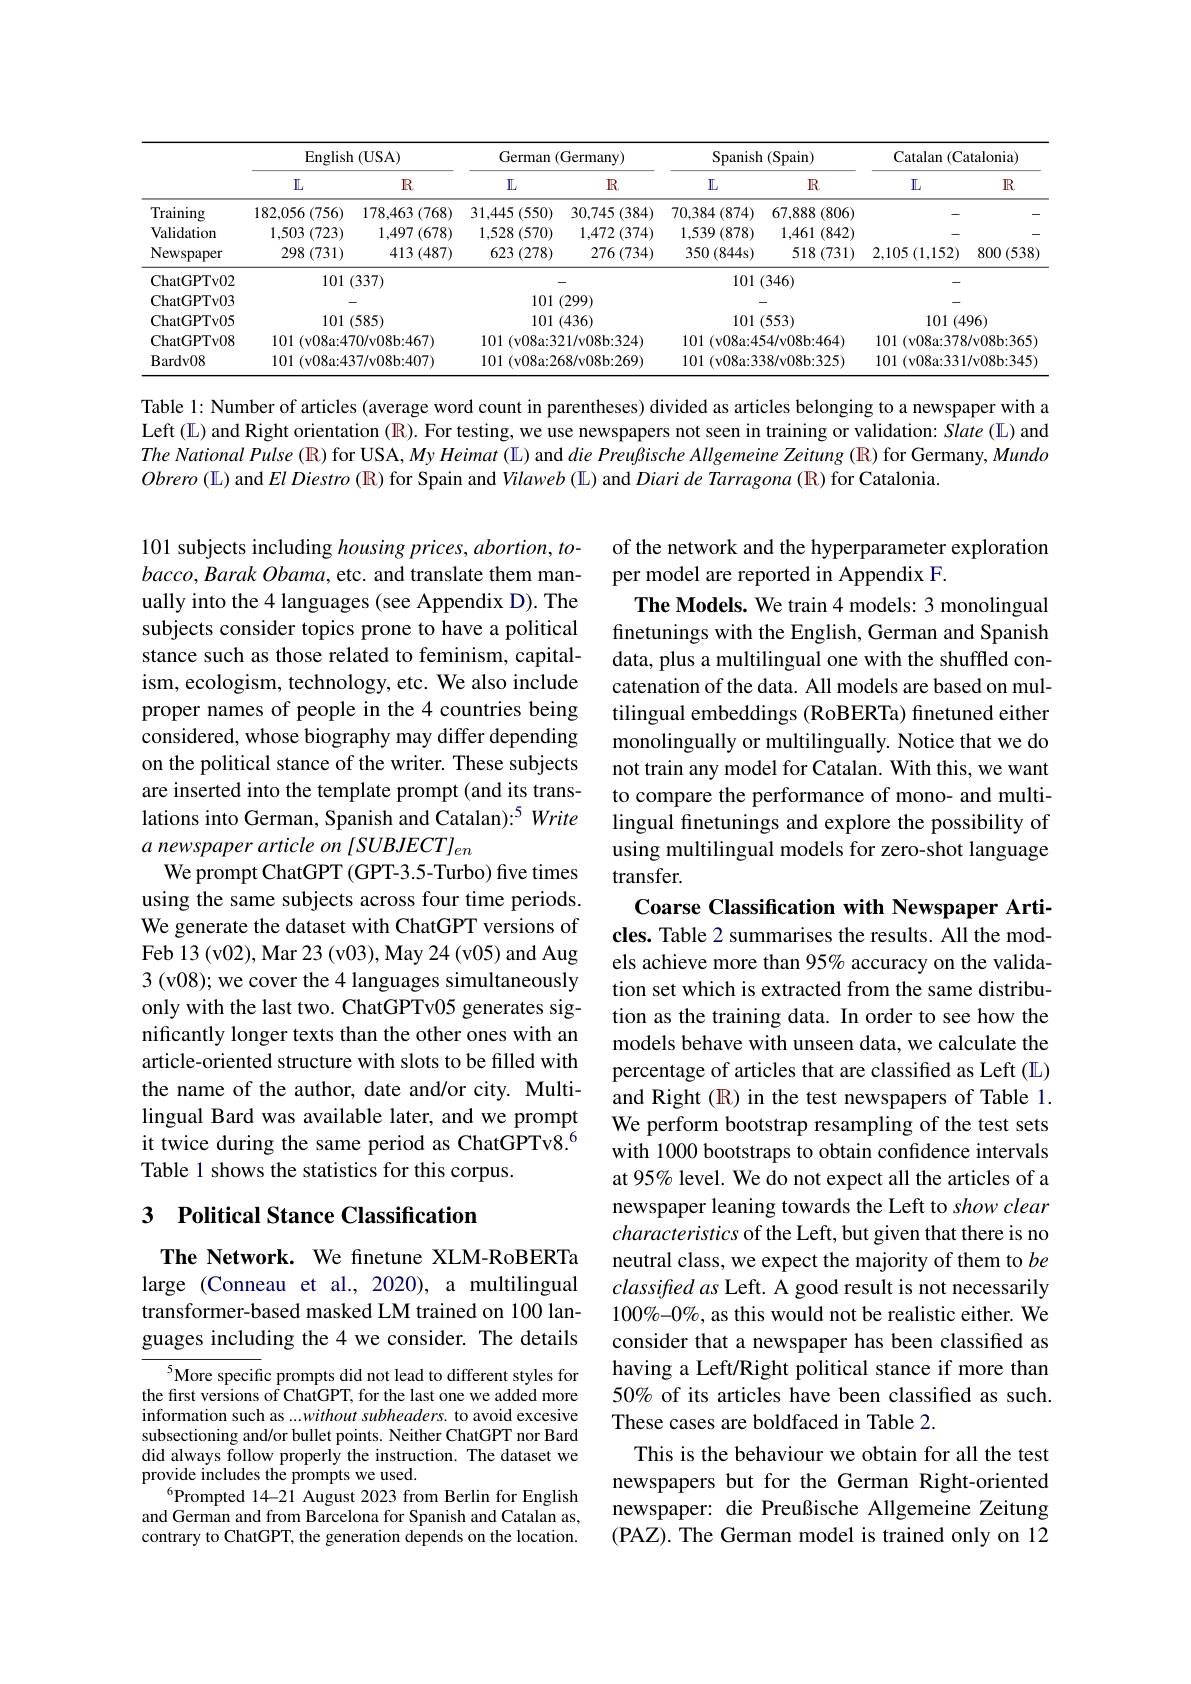
<table>
	<tbody>
		<tr>
			<th> </th>
			<th colspan="2">$\operatorname{English}(\operatorname{USA})$</th>
			<th colspan="2">German (Germany)</th>
			<th colspan="2">Spanish h(Spain)</th>
			<th colspan="2">Catalan ( Catalonia) </th>
		</tr>
		<tr>
			<th> </th>
			<th>$\mathbb{L}$</th>
			<th>$R$</th>
			<th>$\mathbb{L}$</th>
			<th>$\mathbb{R}$</th>
			<th>$\mathbb{L}$</th>
			<th>$\mathbb{R}$</th>
			<th>$\mathbb{L}$</th>
			<th>$\mathbb{R}$</th>
		</tr>
		<tr>
			<td>Training</td>
			<td>182,056(756) 1</td>
			<td>178,463 (768)</td>
			<td>31,445 (550)</td>
			<td>30,745 (384)</td>
			<td>$70,384\left(874\right)$</td>
			<td>67,888 3 (806)</td>
			<td> </td>
			<td> </td>
		</tr>
		<tr>
			<td>Validation</td>
			<td>3 (723) 1,503</td>
			<td>$1,497\left(678\right)$</td>
			<td>8(570) 1,528</td>
			<td>$1,472\left(374\right)$</td>
			<td>$1,539\left(878\right)$</td>
			<td>(842) 1,461</td>
			<td> </td>
			<td> </td>
		</tr>
		<tr>
			<td>Newspaper</td>
			<td>298(731)</td>
			<td>413 (487)</td>
			<td>623 (278)</td>
			<td>$276\left(734\right)$</td>
			<td>350 (844s)</td>
			<td>$518\left(731\right)$</td>
			<td>2,105 (1,152)</td>
			<td>800(538)</td>
		</tr>
		<tr>
			<td>ChatGPTv02</td>
			<td>101</td>
			<td>337)</td>
			<td> </td>
			<td> </td>
			<td colspan="2">101(346)</td>
			<td colspan="2"> </td>
		</tr>
		<tr>
			<td>ChatGPTv03</td>
			<td> </td>
			<td> </td>
			<td colspan="2">101(299)</td>
			<td colspan="2"> </td>
			<td colspan="2"> </td>
		</tr>
		<tr>
			<td>ChatGPTv05</td>
			<td colspan="2">101(585)</td>
			<td>101</td>
			<td>(436)</td>
			<td colspan="2">101 (553)</td>
			<td colspan="2">101 (496)</td>
		</tr>
		<tr>
			<td>ChatGPTv08</td>
			<td colspan="2">101 (v08a:470/v08b:467)</td>
			<td colspan="2">101 (v08a:321/v08b:324)</td>
			<td colspan="2">101 (v08a:454/v08b:464)</td>
			<td colspan="2">101 (v08a:378/v08b:365)</td>
		</tr>
		<tr>
			<td>Bardv08</td>
			<td colspan="2">101 (v08a:437/v08b:407)</td>
			<td colspan="2">101 (v08a:268/v08b:269)</td>
			<td colspan="2">101 (v08a:338/v08b:325)</td>
			<td colspan="2">101(v08a:331/v08b:345)</td>
		</tr>
	</tbody>
</table>

Table 1: Number of articles (average word count in parentheses) divided as articles belonging to a newspaper with a Left (L) and Right orientation (R). For testing, we use newspapers not seen in training or validation: Slate (L) and $The\textit{ National Pulse ( R) for USA, My Heimat ( L) and die Preujß ische Allgemeine Zeitung ( R) for Germany, Mundo}$ Obrero (L) and $El\textit{Diestro ( R) for Spain and Vilaweb ( L) and Diari de Tarragona ( R) for Catalonia}$

101 subjects including housing prices, abortion, to- $bacco, Barak\textit{Obama, etc. and translate them man- }$ ually into the 4 languages (see Appendix D). The subjects consider topics prone to have a political stance such as those related to feminism, capitalism, ecologism, technology, etc. We also include proper names of people in the 4 countries being considered, whose biography may differ depending on the political stance of the writer. These subjects are inserted into the template prompt (and its translations into German, Spanish and Catalan):$^{5}Write$ a newspaper article on [SUBJECT]en
We prompt ChatGPT (GPT-3.5-Turbo) five times using the same subjects across four time periods. We generate the dataset with ChatGPT versions of Feb 13 (v02), Mar 23 (v03), May 24 (v05) and Aug 3 (v08); we cover the 4 languages simultaneously only with the last two. ChatGPTv05 generates significantly longer texts than the other ones with an article-oriented structure with slots to be filled with the name of the author, date and/or city. Multilingual Bard was available later, and we prompt it twice during the same period as ChatGPTv8.$^{6}$ Table 1 shows the statistics for this corpus.

of the network and the hyperparameter exploration
per model are reported in Appendix F.
The Models. We train 4 models: 3 monolingual finetunings with the English, German and Spanish data, plus a multilingual one with the shuffled concatenation of the data. All models are based on multilingual embeddings (RoBERTa) finetuned either monolingually or multilingually. Notice that we do not train any model for Catalan. With this, we want to compare the performance of mono- and multilingual finetunings and explore the possibility of using multilingual models for zero-shot language transfer.
Coarse Classification with Newspaper Articles. Table 2 summarises the results. All the models achieve more than 95% accuracy on the validation set which is extracted from the same distribution as the training data. In order to see how the models behave with unseen data, we calculate the percentage of articles that are classified as Left (L) and Right (R) in the test newspapers of Table 1. We perform bootstrap resampling of the test sets with 1000 bootstraps to obtain confidence intervals at 95% level. We do not expect all the articles of a newspaper leaning towards the Left to show clear characteristics of the Left, but given that there is no neutral class, we expect the majority of them to $be$ classified as Left. A good result is not necessarily $100\%-0\%$, as this would not be realistic either. We consider that a newspaper has been classified as having a Left/Right political stance if more than 50% of its articles have been classified as such. These cases are boldfaced in Table 2.
This is the behaviour we obtain for all the test newspapers but for the German Right-oriented newspaper: die Preußische Allgemeine Zeitung (PAZ). The German model is trained only on 12

## 3 $\textbf{Political Stance Classification}$

The Network. We finetune XLM-RoBERTa large (Conneau et al., 2020), a multilingual transformer-based masked LM trained on 100 languages including the 4 we consider. The details

${^{5}\text{More specific prompts did not lead to different styles for}}$ the first versions of ChatGPT, for the last one we added more information such as ...without subheaders. to avoid excesive subsectioning and/or bullet points. Neither ChatGPT nor Bard did always follow properly the instruction. The dataset we provide includes the prompts we used.
$^{6}$Prompted 14-21 August 2023 from Berlin for English and German and from Barcelona for Spanish and Catalan as, contrary to ChatGPT, the generation depends on the location.